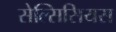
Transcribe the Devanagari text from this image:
सेल्सिसियस